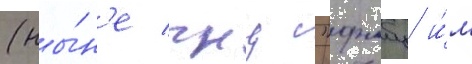
(ны́н'е гнц "фмбц и́м